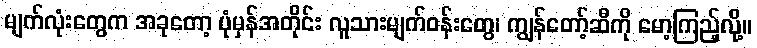
မျက်လုံးတွေက အခုတော့ ပုံမှန်အတိုင်း လူသားမျက်ဝန်းတွေ၊ ကျွန်တော့်ဆီကို မော့ကြည့်လို့။